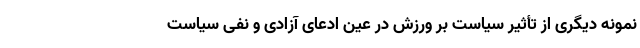
نمونه دیگری از تأثیر سیاست بر ورزش در عین ادعای آزادی و نفی سیاست